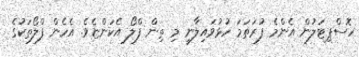
ހޮސްޕިޓަލުން އެންމެ ފުރަތަމަ ހުޅުވައިލާނީ މި ތިން ފްލޯ އެކަންޏެވެ. އެހެން ފްލޯތަކުގެ